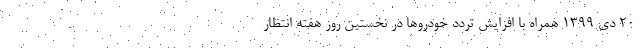
۲۰ دی ۱۳۹۹ همراه با افزایش تردد خودرو‌ها در نخستین روز هفته انتظار